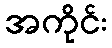
အကိုင်း